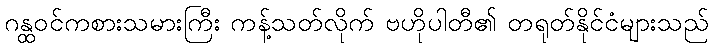
ဂန္ထဝင်ကစားသမားကြီး ကန့်သတ်လိုက် ဗဟိုပါတီ၏ တရုတ်နိုင်ငံများသည်